Indian journal of veterinary science and animal husbandry - Volume 9,
Year: 1939
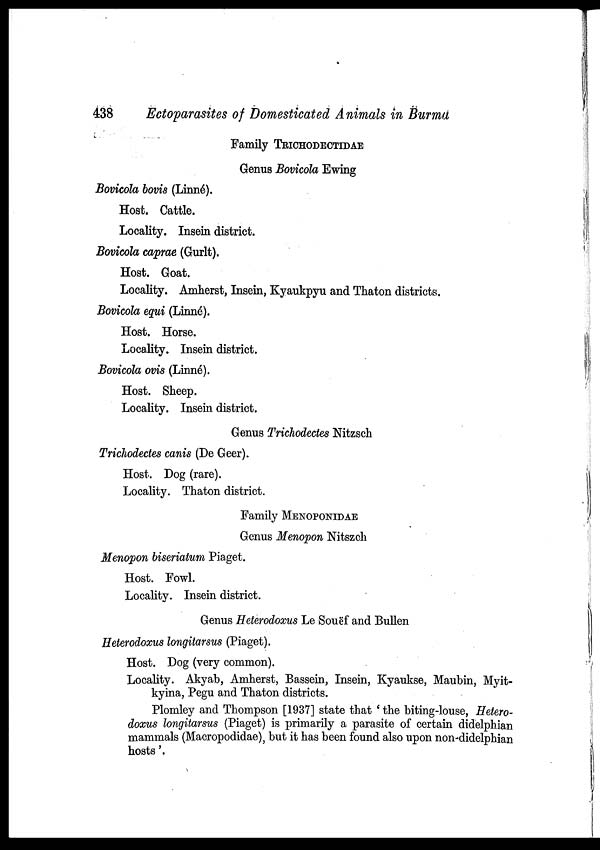
438
Ectoparasites of Domesticated Animals in Burma
Family TRICHODECTIDAE
Genus Bovicola Ewing
Bovicola bovis (Linné).
Host. Cattle.
Locality. Insein district.
Bovicola caprae (Gurlt).
Host. Goat.
Locality. Amherst, Insein, Kyaukpyu and Thaton districts.
Bovicola equi (Linné).
Host. Horse.
Locality. Insein district.
Bovicola ovis (Linné).
Host. Sheep.
Locality. Insein district.
Genus Trichodectes Nitzsch
Trichodectes canis (De Geer).
Host. Dog (rare).
Locality. Thaton district.
Family MENOPONIDAE
Genus Menopon Nitszch
Menopon biseriatum Piaget.
Host. Fowl.
Locality. Insein district.
Genus Heterodoxus Le Souëf and Bullen
Heterodoxus longitarsus (Piaget).
Host. Dog (very common).
Locality. Akyab, Amherst, Bassein, Insein, Kyaukse, Maubin, Myit-
kyina, Pegu and Thaton districts.
Plomley and Thompson [1937] state that ' the biting-louse, Hetero-
doxus longitarsus (Piaget) is primarily a parasite of certain didelphian
mammals (Macropodidae), but it has been found also upon non-didelphian
hosts'.